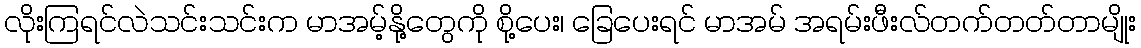
လိုးကြရင်လဲသင်းသင်းက မာအမ့်နို့တွေကို စို့ပေး၊ ခြေပေးရင် မာအမ် အရမ်းဖီးလ်တက်တတ်တာမျိုး